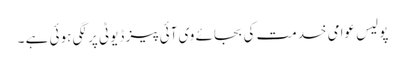
پولیس عوامی خدمت کی بجائے وی آئی پیز ڈیوٹی پر لگی ہوئی ہے ۔